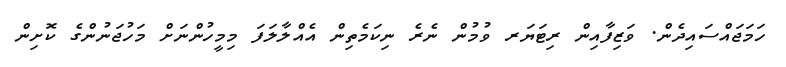
ހަމަޖައްސައިދެން. ވަޒިފާއިން ރިޓަޔަރ ވުމުން ނެރެ ނިކަމެތިން އެއްލާލަފަ މިމީހުންނަށް މަހުޖަނުންގެ ކޮށިން